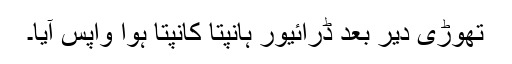
تھوڑی دیر بعد ڈرائیور ہانپتا کانپتا ہوا واپس آیا۔